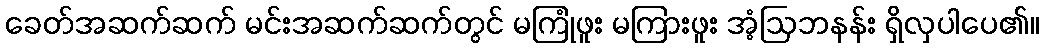
ခေတ်အဆက်ဆက် မင်းအဆက်ဆက်တွင် မကြုံဖူး မကြားဖူး အံ့ဩဘနန်း ရှိလှပါပေ၏။